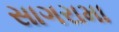
સાગરામા